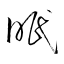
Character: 眠